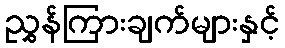
ညွှန်ကြားချက်များနှင့်